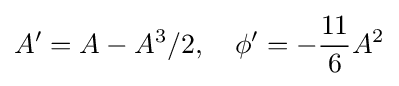
A'=A-A^{3}/2,\quad \phi '=-{\frac {11}{6}}A^{2}